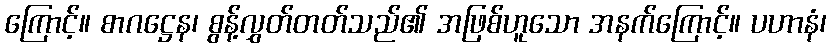
ကြောင့်။ စာဂဋ္ဌေန၊ စွန့်လွှတ်တတ်သည်၏ အဖြစ်ဟူသော အနက်ကြောင့်။ ပဟာနံ၊